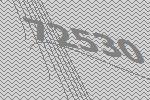
72530